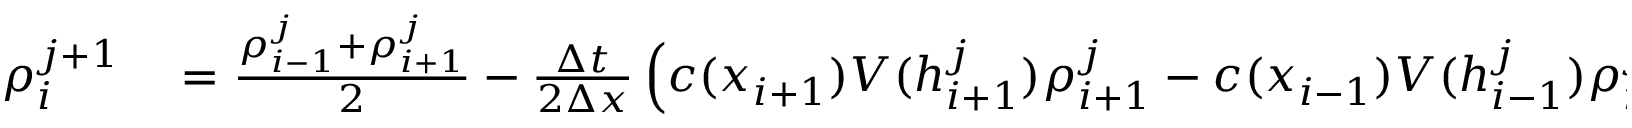
\begin{array} { r l } { \rho _ { i } ^ { j + 1 } } & { { } = \frac { \rho _ { i - 1 } ^ { j } + \rho _ { i + 1 } ^ { j } } { 2 } - \frac { \Delta t } { 2 \Delta x } \left( c ( x _ { i + 1 } ) V ( h _ { i + 1 } ^ { j } ) \rho _ { i + 1 } ^ { j } - c ( x _ { i - 1 } ) V ( h _ { i - 1 } ^ { j } ) \rho _ { i - 1 } ^ { j } \right) . } \end{array}